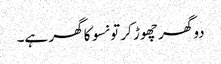
دو گھر چھوڑ کر تو نسو کا گھر ہے۔